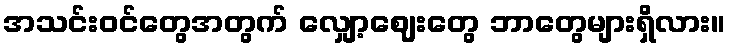
အသင်းဝင်တွေအတွက် လျှော့ဈေးတွေ ဘာတွေများရှိလား။